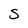
Character: S